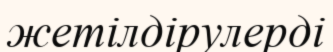
жетілдірулерді